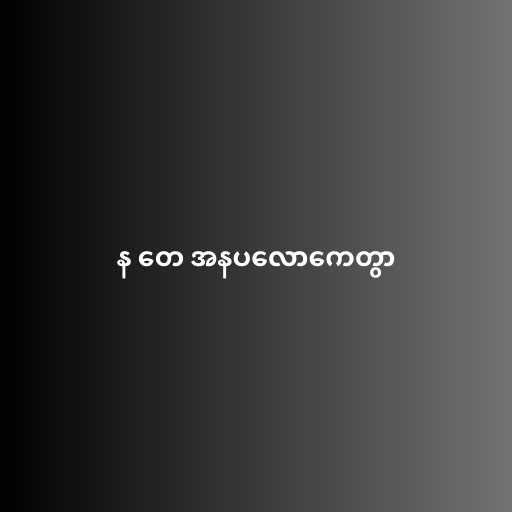
န တေ အနပလောကေတွာ